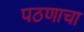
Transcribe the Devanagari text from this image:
पठणाचा